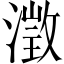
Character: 澂